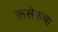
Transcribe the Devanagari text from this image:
रूसेफचा